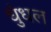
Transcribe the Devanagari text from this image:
धुंधल